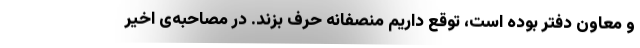
و معاون دفتر بوده است، توقع داریم منصفانه حرف بزند. در مصاحبه‌ی اخیر